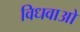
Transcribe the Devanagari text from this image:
विधवाओ